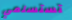
تستسلمي